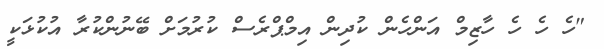
"ހެ ހެ ހެ ހާޒިމް އަންހެން ކުދިން އިމްޕްރެސް ކުރުމަށް ބޭނުންކުރާ އުކުޅަކީ